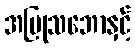
အပြုသဘောနှင့်